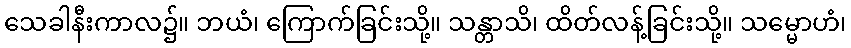
သေခါနီးကာလ၌။ ဘယံ၊ ကြောက်ခြင်းသို့။ သန္တာသိ၊ ထိတ်လန့်ခြင်းသို့။ သမ္မောဟံ၊